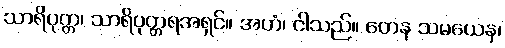
သာရိပုတ္တ၊ သာရိပုတ္တရအရှင်။ အဟံ၊ ငါသည်။ တေန သမယေန၊